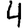
Digit: 4